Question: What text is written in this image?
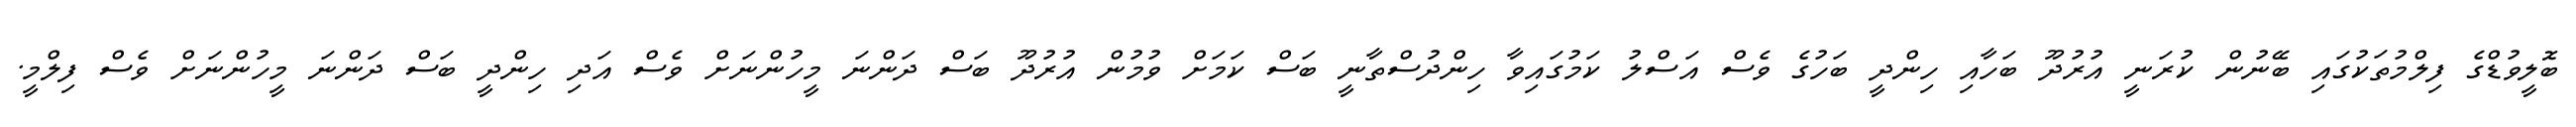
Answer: ބޮލީވުޑްގެ ފިލްމުތަކުގައި ބޭނުން ކުރަނީ އުރުދޫ ބަހާއި ހިންދީ ބަހުގެ ވެސް އަސްލު ކަމުގައިވާ ހިންދުސްތާނީ ބަސް ކަމަށް ވުމުން އުރުދޫ ބަސް ދަންނަ މީހުންނަށް ވެސް އަދި ހިންދީ ބަސް ދަންނަ މީހުންނަށް ވެސް ފިލްމީ.